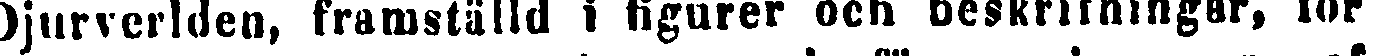
Djurverlden, framställd i figurer och beskrifningar, for